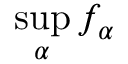
\operatorname* { s u p } _ { \alpha } f _ { \alpha }